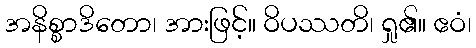
အနိစ္စာဒိတော၊ အားဖြင့်။ ဝိပဿတိ၊ ရှု၏။ ဧဝံ၊